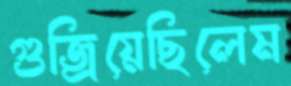
গুজ্‌রিয়েছিলেম